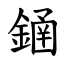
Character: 䥁